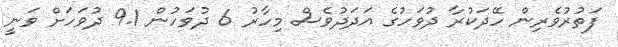
ފަތުރުވެރިން ހޭދަކުރާ ދުވަހުގެ އަދަދުވެސް މިހާރު 6 ދުވަހުން 9.1 ދުވަހަށް ވަނީ